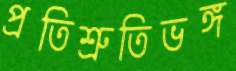
প্রতিশ্রুতিভঙ্গ